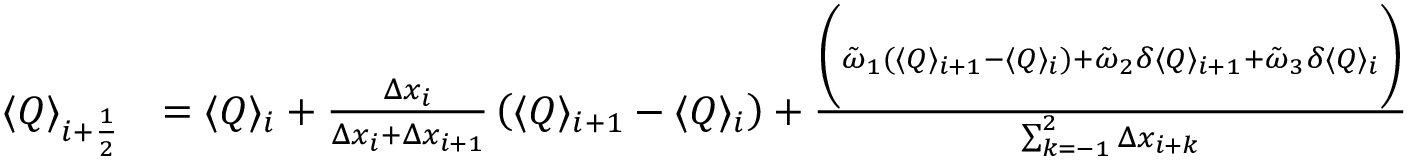
\begin{array} { r l } { \langle Q \rangle _ { i + \frac { 1 } { 2 } } } & { = \langle Q \rangle _ { i } + \frac { \Delta x _ { i } } { \Delta x _ { i } + \Delta x _ { i + 1 } } \left( \langle Q \rangle _ { i + 1 } - \langle Q \rangle _ { i } \right) + \frac { \bigg ( \tilde { \omega } _ { 1 } ( \langle Q \rangle _ { i + 1 } - \langle Q \rangle _ { i } ) + \tilde { \omega } _ { 2 } \delta \langle Q \rangle _ { i + 1 } + \tilde { \omega } _ { 3 } \delta \langle Q \rangle _ { i } \bigg ) } { \sum _ { k = - 1 } ^ { 2 } \Delta x _ { i + k } } } \end{array}